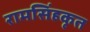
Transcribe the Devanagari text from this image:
रामसिंहकृत